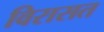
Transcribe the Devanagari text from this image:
विरासत